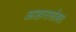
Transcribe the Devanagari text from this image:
आहारासोबत